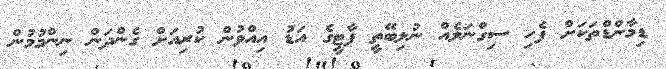
ޑިމާންޑްތަކަށް ފެހި ސިގްނަލެއް ނުލިބޭތީ ޕާޓީގެ އަޑު އިއްވުން ކުރިއަށް ގެންދަން ނިންމުމުން